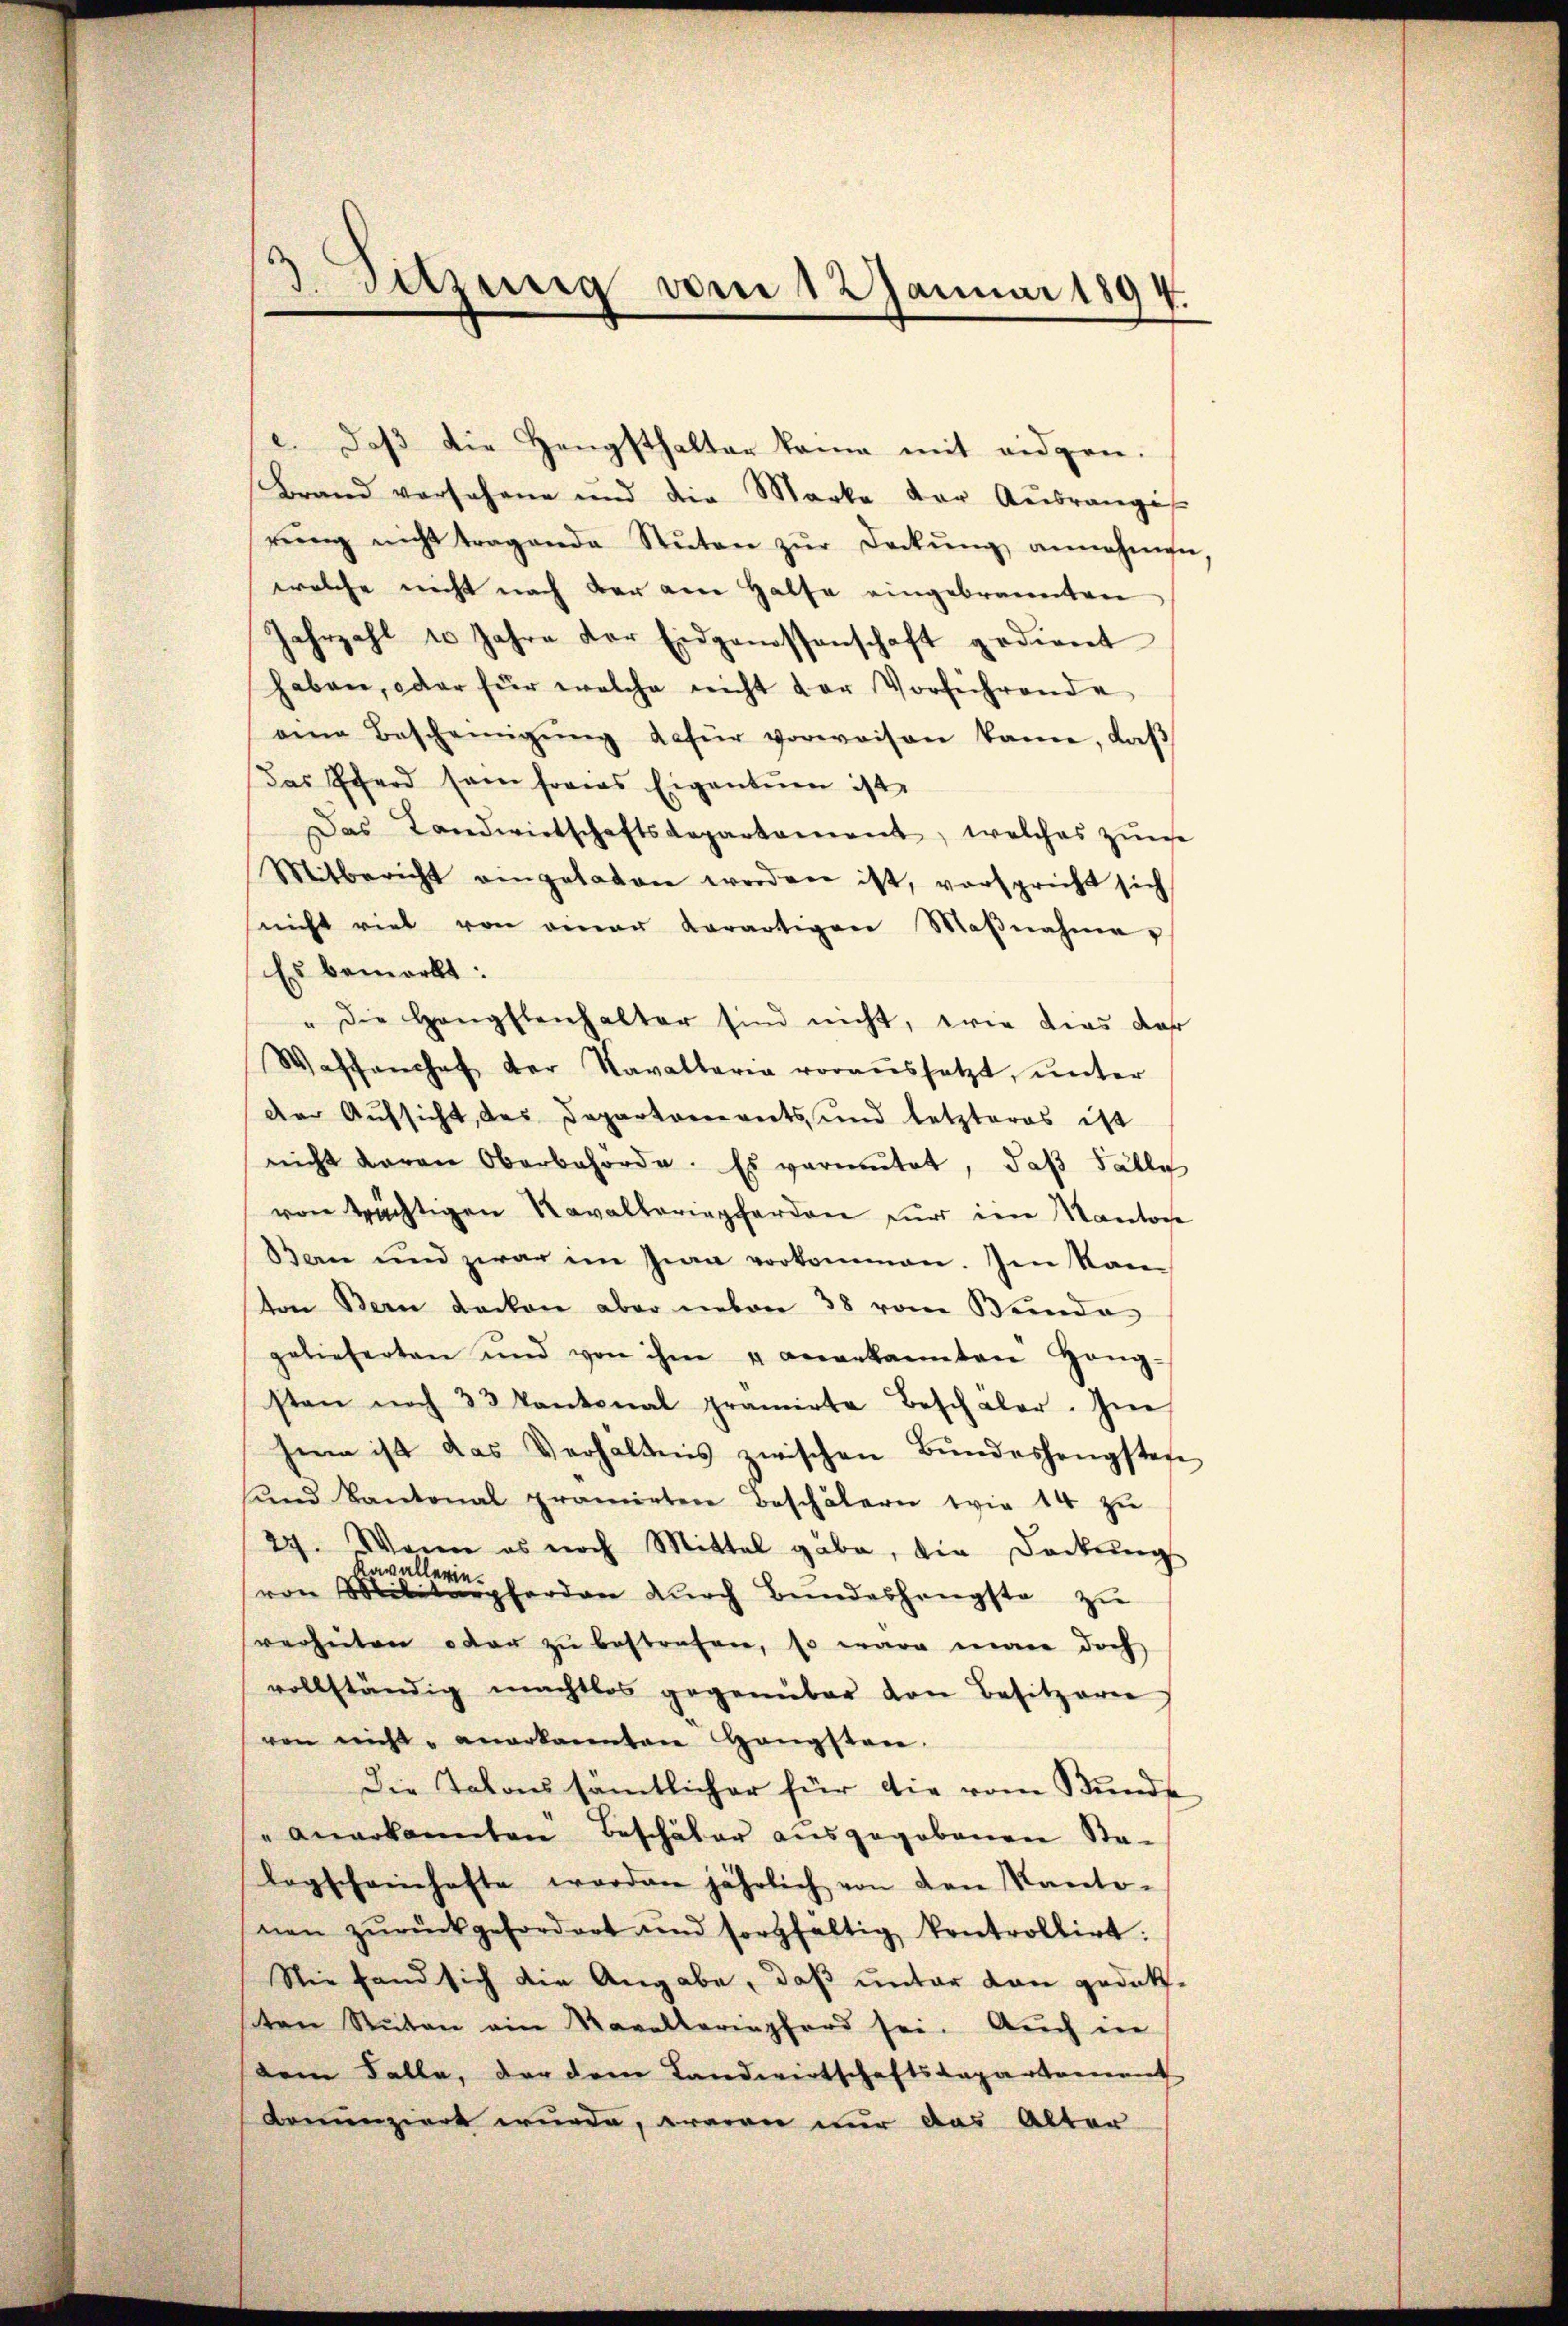
e. Daß die Hengsthalter keine mit eidgen.
Brand versohne und die Marke der Aŭsranges
rŭng nicht tragende Stŭten zŭr Deckŭng annehmen
welche nicht nach der am Halfe eingebrannten
Jahrzahl 10 Jahre der Eidgenossenschaft gedient
haben, oder für welche nicht der Vorführende
eine Bescheinigŭng dafür vorweisen kann, daβ
Das Pferd sam freies Eigentum ist,
Das Landwirtschaftsdepartament, welches zŭne
Mitbericht eingeladen werden ist, vorspricht sich
nicht viel von einer Aerartigen Maβnahme
Es bemerkt:
" die Hangelenhalter sind nicht, wie dies dar
Wassanchef der Kavallaria voraŭssetzt, ŭnter
der Aufsicht des Departements und letzteres ist
nicht davon Oberbehörde. Es vermutet, daß Fälle
von trächtigen Kavalleriepferden nur im Kantone
Ban und zwar im Inn vorkommen. Im Kanton Bern dacken aber neben 38 vom Bunde
gelieferten und von ihm u angekannten Hang-
sten noch 33 kantonal pramirte Beschäler. In
hina ist das Verhältnis zwischen Bundeshengsten
ŭnd Kantonal promieten Beschälern wie 14 zŭ
27. Wenn es noch Mittel gäbe, die Deckŭng
Ravallerie.
von Militärpforden dŭrch Bundeshengste zu
verhüten oder zu bestrafen, so wäre man doch
vollständig machtlos gegenüber den Besitzeren
ren nicht anerkannten Hängsten.
Die Tatons sämtlicher für die vom Bunde
" anerkannten Beschäler ausgegebenen Sta-
lagscheinhafte werden jährlich von den Kanto-
nen zŭrückgefordert und sorgfältig kontrollirt.
Sie fand sich die Angabe, daß unter von gedeksten Stuten ein Kavalleringferd sei. Auch in
dem Falle, der dem Landwirtschaftsdepartament
denunziert wurde, waren nur das Alter

d. Sitzung vom 12 Januar 1894.